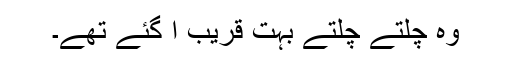
وہ چلتے چلتے بہت قریب آ گئے تھے۔